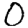
Digit: 0